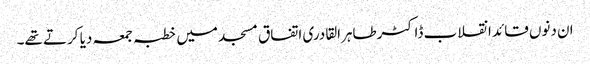
ان دنوں قائد انقلاب ڈاکٹرطاہرالقادری اتفاق مسجد میں خطبہ جمعہ دیا کرتے تھے۔